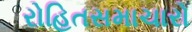
રોહિતસમાચારો